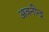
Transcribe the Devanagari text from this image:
अवनीन्द्र